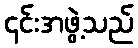
၎င်းအဖွဲ့သည်